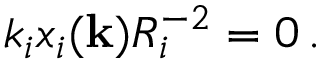
k _ { i } x _ { i } ( { \bf k } ) R _ { i } ^ { - 2 } = 0 \, .